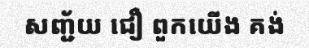
សញ្ជ័យ ជឿ ពួកយើង គង់